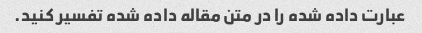
عبارت داده شده را در متن مقاله داده شده تفسیر کنید.